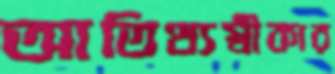
আতিথ্যস্বীকার